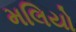
મલિયો